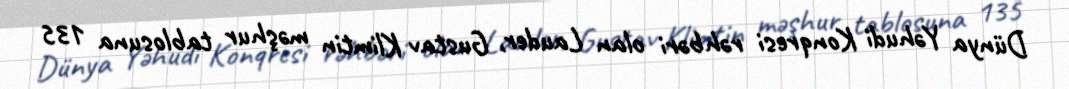
Dünya Yəhudi Konqresi rəhbəri olan Lauder, Gustav Klimtin məşhur tablosuna 135